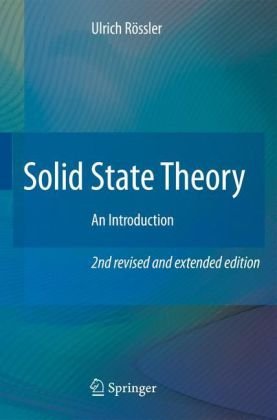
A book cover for Solid State Theory: An Introduction; Ulrich RÃ¶ssler; Science & Math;